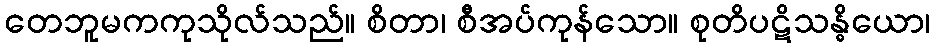
တေဘူမကကုသိုလ်သည်။ စိတာ၊ စီအပ်ကုန်သော။ စုတိပဋိသန္ဓိယော၊